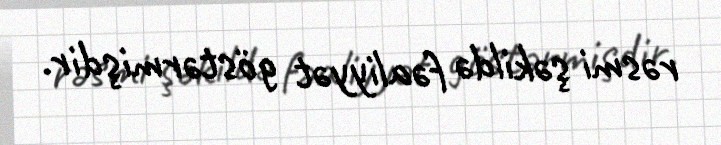
rəsmi şəkildə fəaliyyət göstərmişdir.